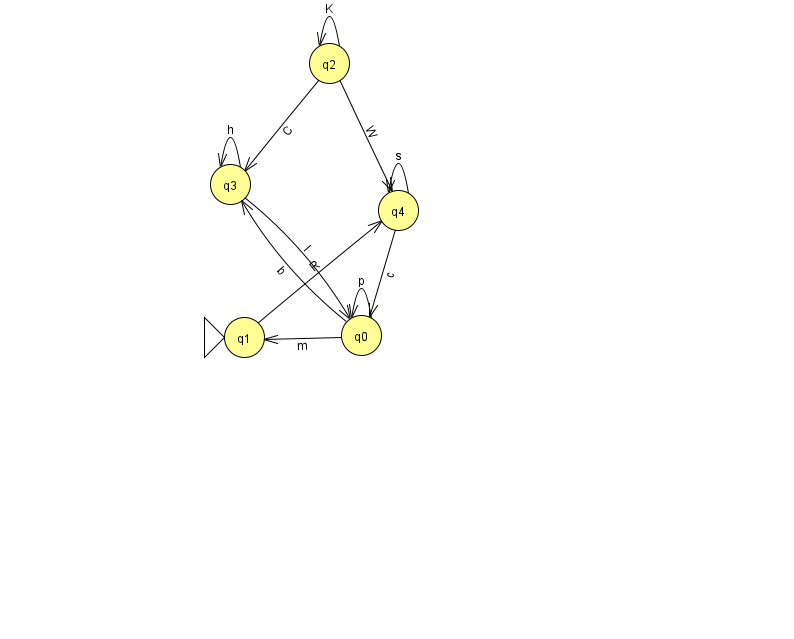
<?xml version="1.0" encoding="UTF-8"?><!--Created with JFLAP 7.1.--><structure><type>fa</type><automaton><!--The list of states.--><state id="0" name="q0"><x>361.0</x><y>322.0</y></state><state id="1" name="q1"><x>244.0</x><y>324.0</y><initial/></state><state id="2" name="q2"><x>329.0</x><y>50.0</y></state><state id="3" name="q3"><x>230.0</x><y>171.0</y></state><state id="4" name="q4"><x>398.0</x><y>197.0</y></state><!--The list of transitions.--><transition><from>0</from><to>0</to><read>p</read></transition><transition><from>4</from><to>4</to><read>s</read></transition><transition><from>3</from><to>0</to><read>l</read></transition><transition><from>0</from><to>3</to><read>b</read></transition><transition><from>3</from><to>3</to><read>h</read></transition><transition><from>2</from><to>3</to><read>C</read></transition><transition><from>1</from><to>4</to><read>R</read></transition><transition><from>4</from><to>0</to><read>c</read></transition><transition><from>2</from><to>2</to><read>K</read></transition><transition><from>0</from><to>1</to><read>m</read></transition><transition><from>2</from><to>4</to><read>W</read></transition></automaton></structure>